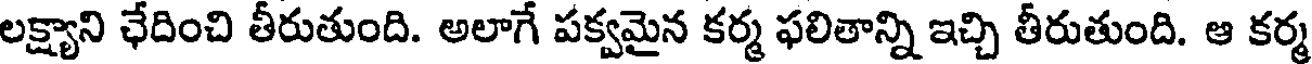
లక్ష్యాని ఛేదించి తీరుతుంది. అలాగే పక్వమైన కర్మ ఫలితాన్ని ఇచ్చి తీరుతుంది. ఆ కర్మ